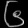
Digit: ၆